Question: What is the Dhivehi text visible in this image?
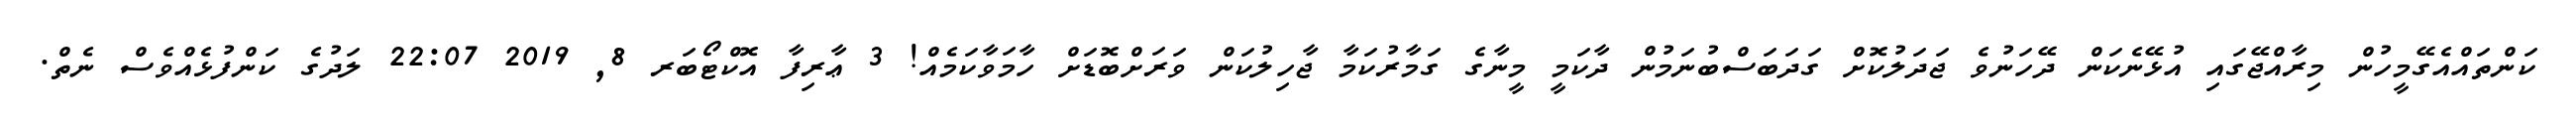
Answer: ކަންތައްއެގޭމީހުން މިރާއްޖޭގައި އުޅޭނެކަން ދޭހަނުވެ ޖަދަލުކޮށް ގަދަބަސްބުނަމުން ދާކަމީ މީނާގެ ގަމާރުކަމާ ޖާހިލުކަން ވަރަށްބޮޑަށް ހާމަވާކަމެއް! 3 ޢާރިފާ އޮކްޓޯބަރ 8, 2019 22:07 ލަދުގެ ކަންފުޅެއްވެސް ނެތް.